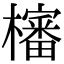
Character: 㰂